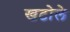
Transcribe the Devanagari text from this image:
खटोले